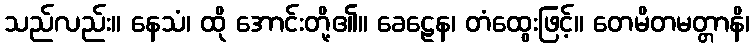
သည်လည်း။ နေသံ၊ ထို အောင်းတို့၏။ ခေဠေန၊ တံထွေးဖြင့်။ တေမိတမတ္တာနိ၊